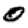
Digit: 0